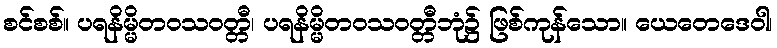
စင်စစ်။ ပရနိမ္မိတဝသဝတ္တီ၊ ပရနိမ္မိတဝသဝတ္တီဘုံ၌ ဖြစ်ကုန်သော။ ယေတေဒေဝါ၊